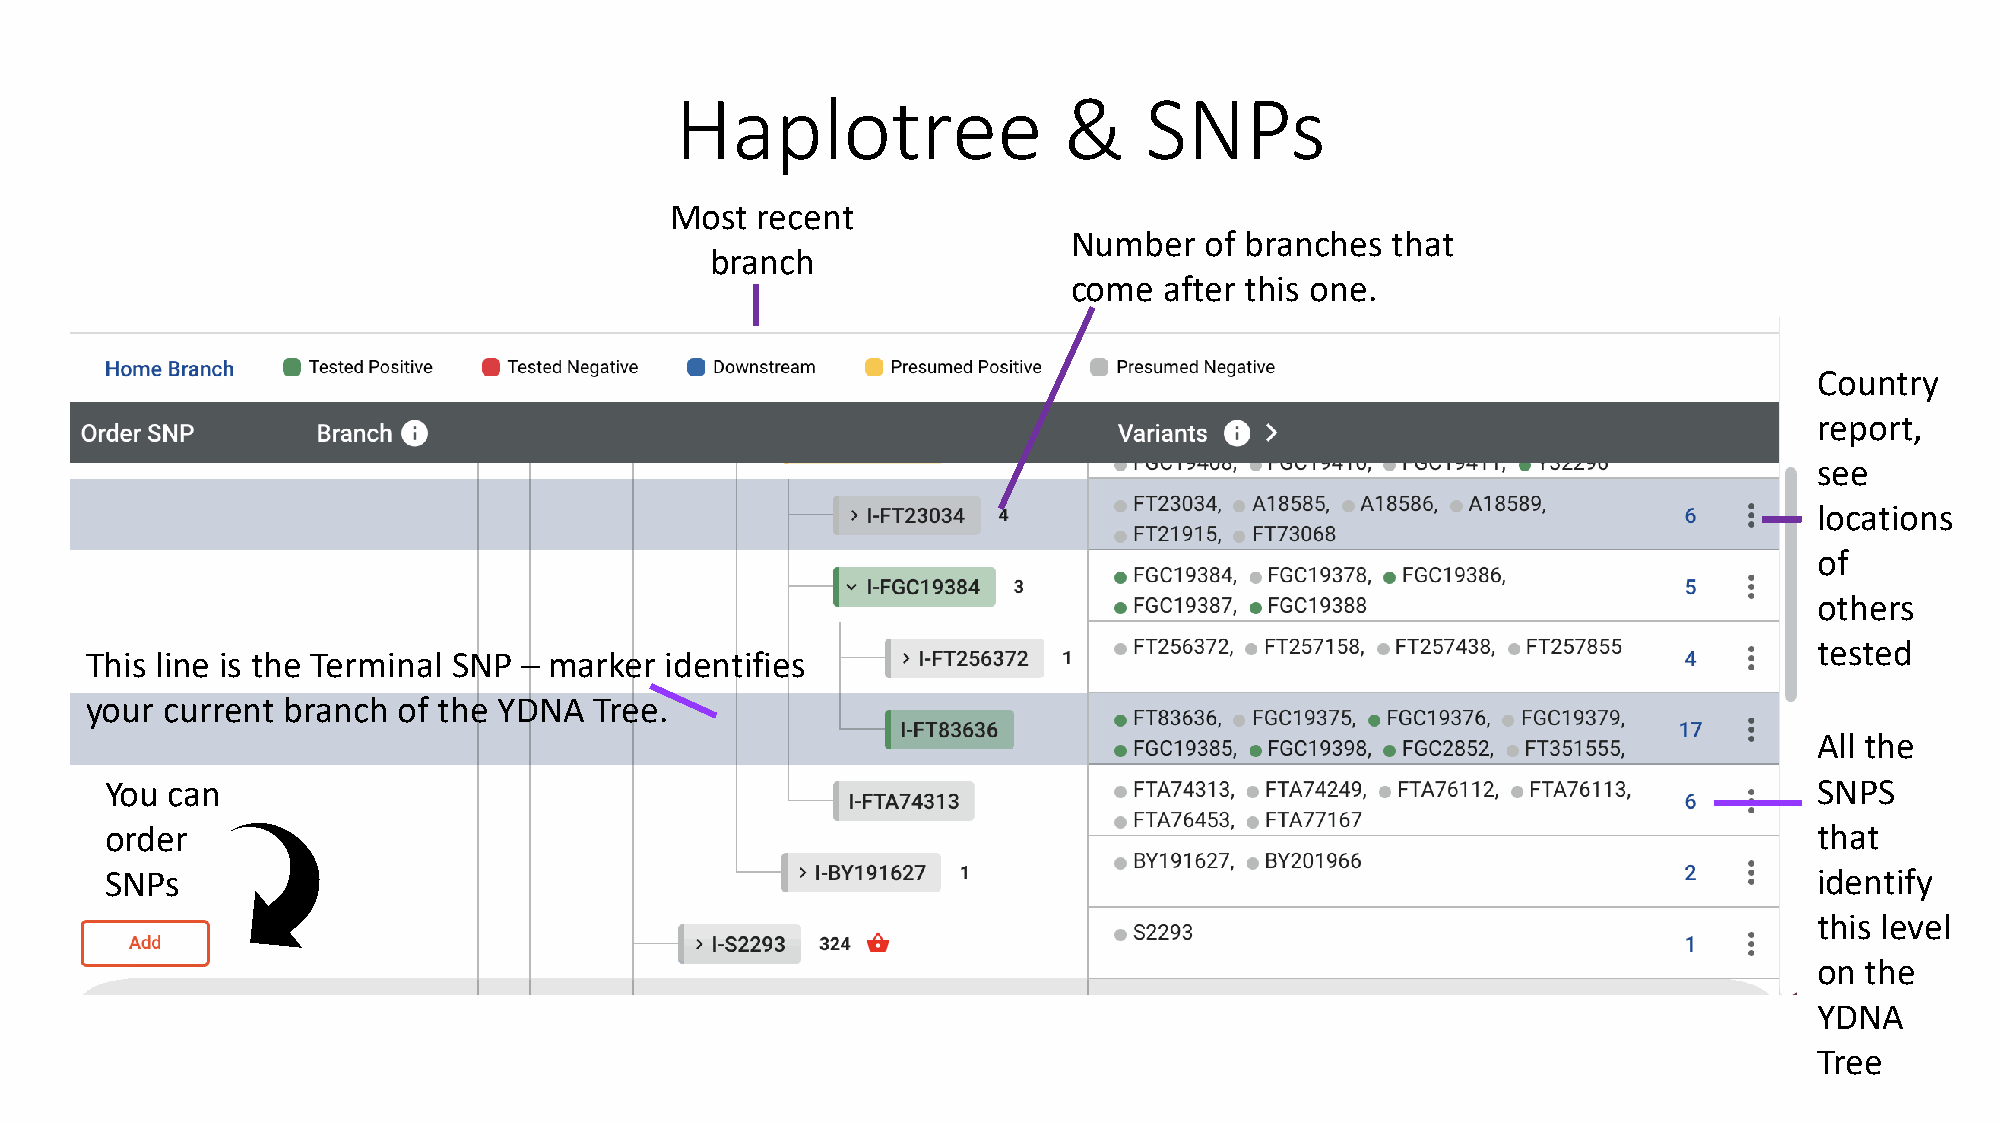
Haplotree                &     SNPs
 Most  recent
 Number   of branches that
 branch
 come  after this one.
 Country
 report,
 see
 locations
 of
 others
 tested
 This line is the Terminal SNP – marker identifies
 your current branch of the YDNA  Tree.
 All the
 You can                                                                                                          SNPS
 order                                                                                                            that
 SNPs                                                                                                             identify
 this level
 on the
 YDNA
 Tree